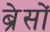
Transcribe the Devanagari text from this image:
ब्रेसों